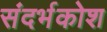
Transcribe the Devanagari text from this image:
संदर्भकोश